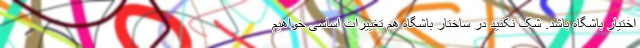
اختیار باشگاه باشد. شک نکنید در ساختار باشگاه هم تغییرات اساسی خواهیم